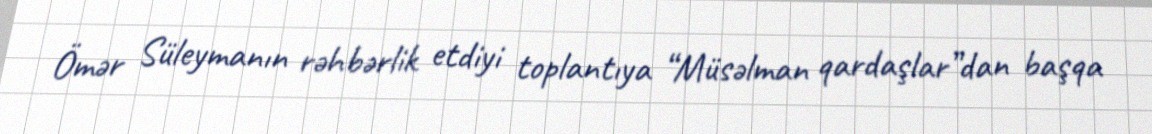
Ömər Süleymanın rəhbərlik etdiyi toplantıya “Müsəlman qardaşlar”dan başqa